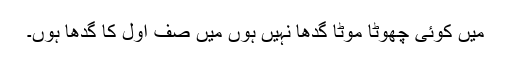
میں کوئی چھوٹا موٹا گدھا نہیں ہوں میں صف اول کا گدھا ہوں۔